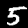
Digit: 5